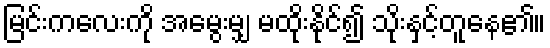
မြင်းကလေးကို အမွေးမျှ မထိုးနိုင်၍ သိုးနှင့်တူနေ၏။